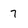
Character: 7